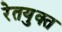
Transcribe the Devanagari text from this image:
रेतयुक्त